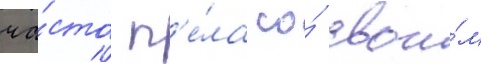
ча́сто п'е́ла со́ свои́м